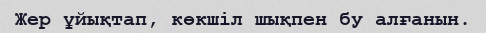
Жер ұйықтап, көкшіл шықпен бу алғанын.